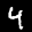
Label: 4